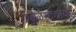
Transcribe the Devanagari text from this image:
गांडुळखाद्यावर